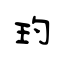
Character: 玓